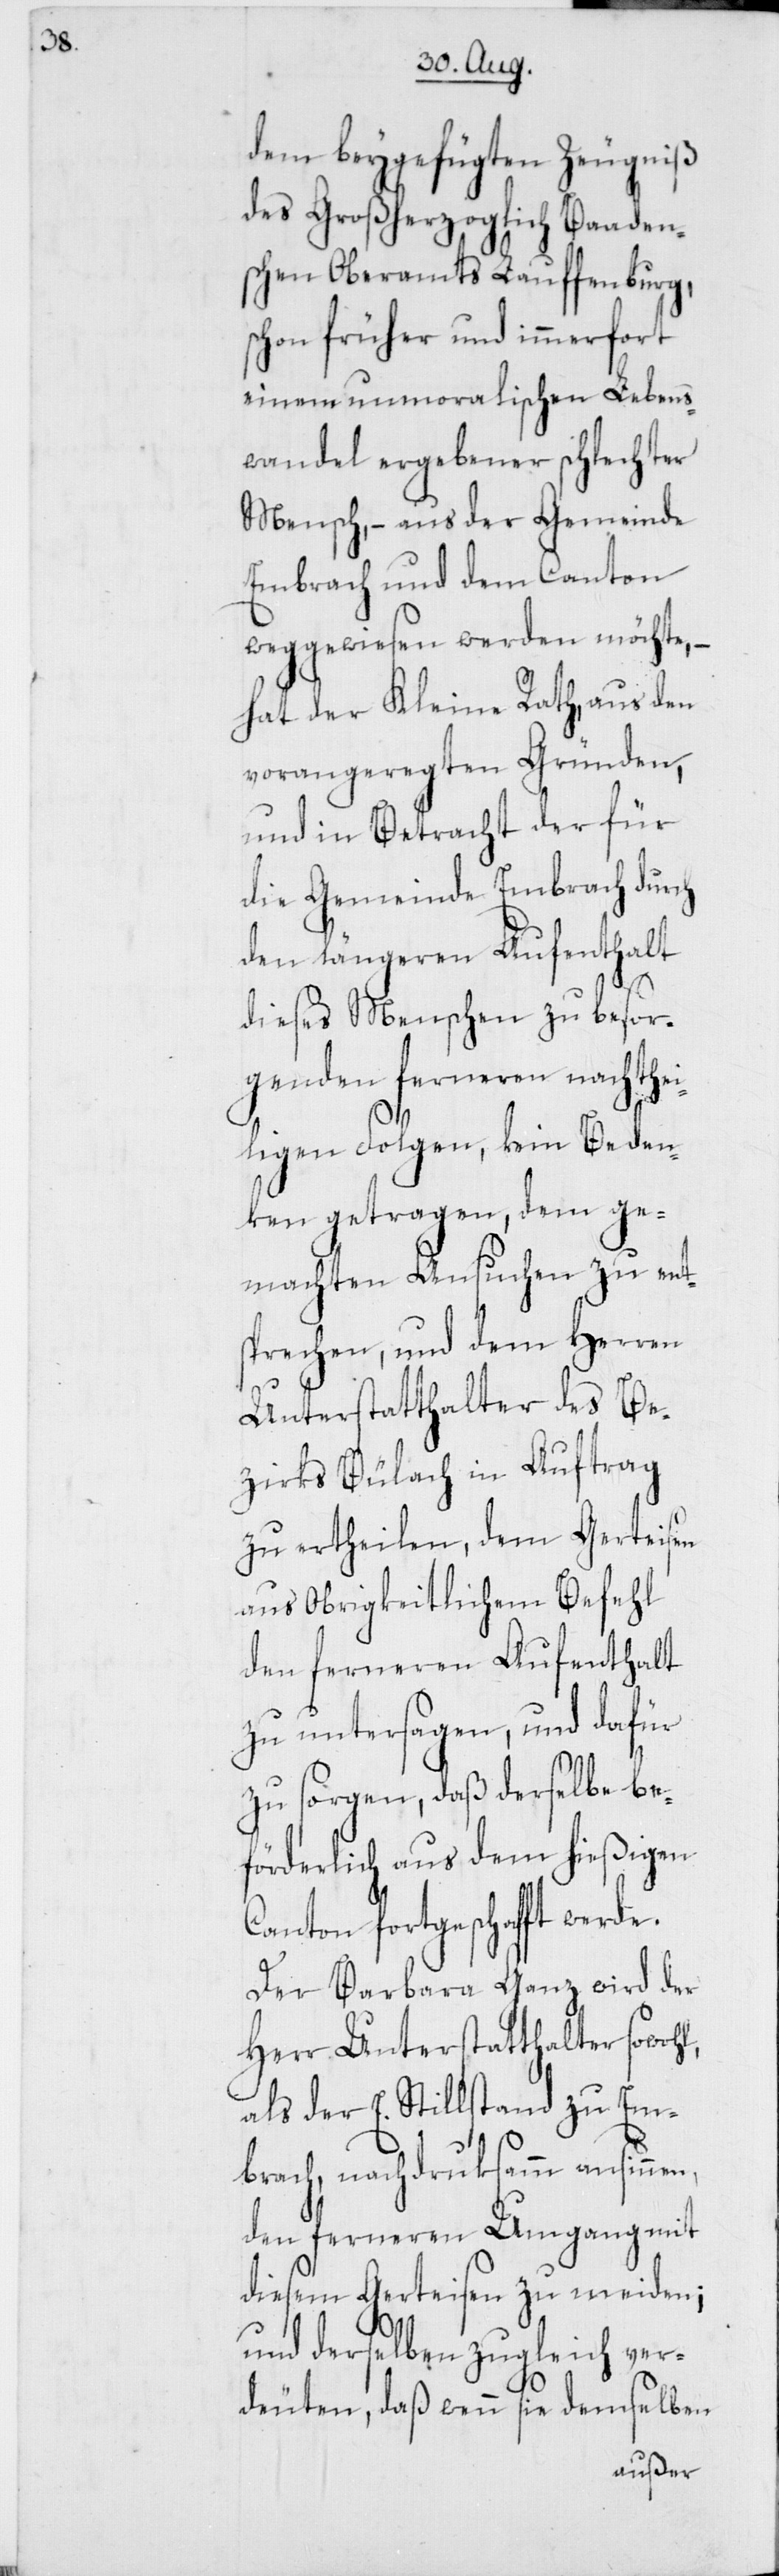
dem beygefügten Zeugniß
des Großherzoglich Baaden¬
schen Oberamts Lauffenburg,
schon früher und immerfort
einem unmoralischen Lebens¬
wandel ergebener schlechter
Mensch, – aus der Gemeinde
Embrach und dem Canton
weggewiesen werden möchte,
hat der Kleine Rath aus den
vorangeregten Gründen,
und in Betracht der für
die Gemeinde Embrach durch
den längeren Aufenthalt
dieses Menschen zu besor¬
genden ferneren nacht¬
heiligen Folgen, kein Beden¬
ken getragen, dem ge¬
machten Ansuchen zu ent¬
sprechen, und dem Herren
Unterstatthalter des Be¬
zirks Bülach in Auftrag
zu ertheilen, dem Gerteisen
aus Obrigkeitlichem Befehl
den ferneren Aufenthalt
zu untersagen, und dafür
zu sorgen, daß derselbe be¬
förderlich aus dem hießigen
Canton fortgeschafft
Der Barbara Ganz wird d¬
sowohl,
Herr Unterstatthalter
als der E. Stillstand zu Em¬
brach, nachdruksamm ansinnen,
den ferneren Umgang mit
diesem Gerteisen zu meiden;
und derselben zugleich ver¬
deuten, daß wenn sie demselben